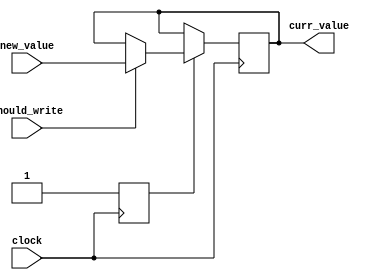


`define REG_START_VALUE 0


// The value in new_value is saved to the register if should_write is 1

module register(clock, should_write, new_value, curr_value);
	// The clock.
	input wire clock;
	
	// clock posedge.
	input wire should_write;

	// New value for the register.
	input wire [15:0] new_value;

	// The current value stored in the register.
	output reg [15:0] curr_value;

	
	// start, others don't.
	reg is_init;
	
	initial begin
		is_init = 0;
		curr_value = `REG_START_VALUE;
	end
	
	// Register accepts new value at posedge of every clock.
	//       
	// pc
	//    
	// unknown 
	// 
	always @(posedge clock) begin
		if (is_init) begin
			if (should_write) begin
				curr_value <= new_value;
			end
		end else begin
			is_init <= 1;
		end
	end

endmodule